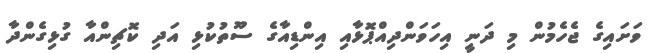
ވަށައިގެ ޖެހެމުން މި ދަނީ އިހަވަންދިއްޕޮޅާއި އިންޑިއާގެ ސޫތުކުޅި އަދި ކޮޗިންއާ ގުޅިގެންދާ